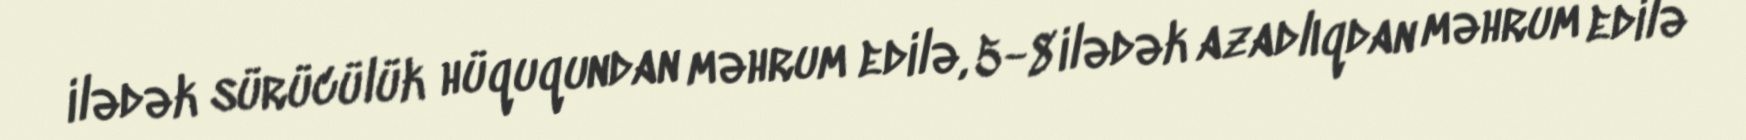
ilədək sürücülük hüququndan məhrum edilə, 5-8 ilədək azadlıqdan məhrum edilə